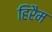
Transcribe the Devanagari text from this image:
हिरैम